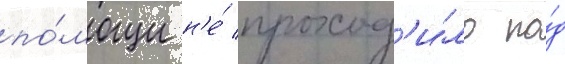
по́мощи н'е́ проход'и́ло по́д